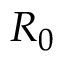
R _ { 0 }